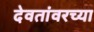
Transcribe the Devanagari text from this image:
देवतांवरच्या